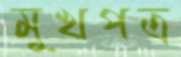
মুখপত্র